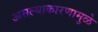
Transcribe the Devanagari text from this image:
असल्याकारणामुळे